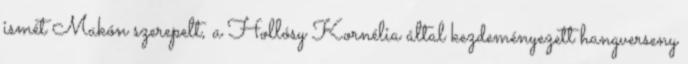
ismét Makón szerepelt, a Hollósy Kornélia által kezdeményezett hangverseny